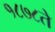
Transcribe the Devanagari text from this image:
१८७८ते